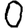
Digit: 0